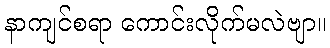
နာကျင်စရာ ကောင်းလိုက်မလဲဗျာ။